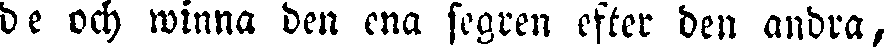
de och winna den ena segren efter den andra,